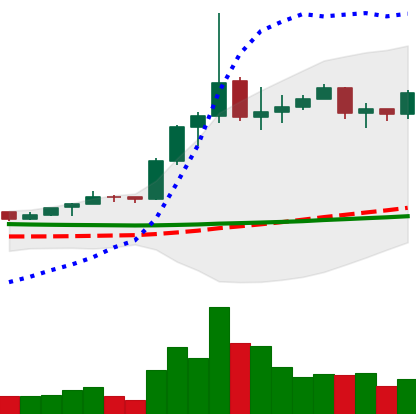
Ticker: ETC-USD
Chart end date: 2020-01-26
Forward return: 23.592%
Label: up_7plus